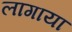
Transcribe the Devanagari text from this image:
लागाया